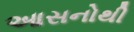
આસનોથી